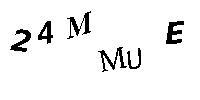
24MMUE